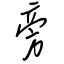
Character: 旁